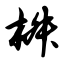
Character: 椒